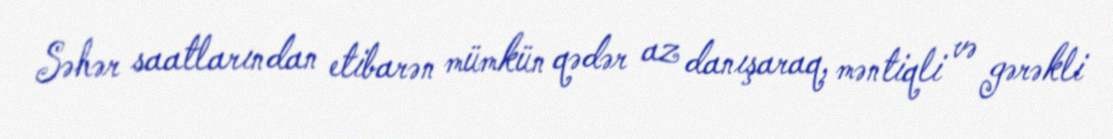
Səhər saatlarından etibarən mümkün qədər az danışaraq, məntiqli və gərəkli